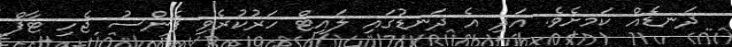
ދަނޑެއް ކަަމށެވެ. އަދި އެ ދަނޑުގައި ލައިޓް ހަރުކުރެވި ފެންސު ޖެހި ޓާފް